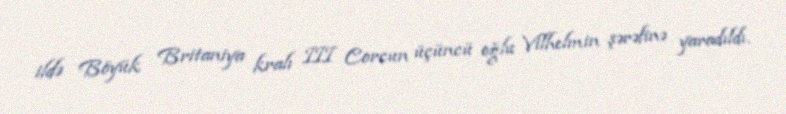
ildə Böyük Britaniya kralı III Corcun üçüncü oğlu Vilhelmin şərəfinə yaradıldı.